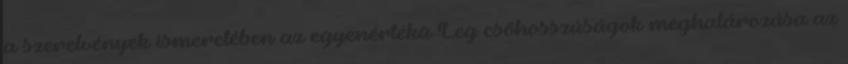
a szerelvények ismeretében az egyenértékû Leg csõhosszúságok meghatározása az